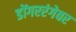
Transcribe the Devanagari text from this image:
डोंगररंगेवर